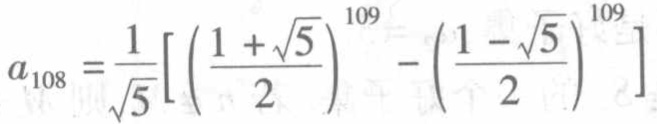
\(a_{108} = \frac{1}{\sqrt{5}}\left[\left(\frac{1 + \sqrt{5}}{2}\right)^{109} - \left(\frac{1 - \sqrt{5}}{2}\right)^{109}\right]\)